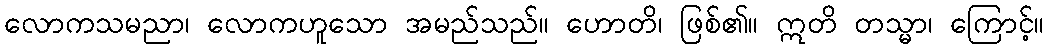
လောကသမညာ၊ လောကဟူသော အမည်သည်။ ဟောတိ၊ ဖြစ်၏။ ဣတိ တသ္မာ၊ ကြောင့်။